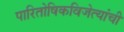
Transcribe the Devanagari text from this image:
पारितोषिकविजेत्यांची